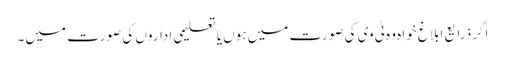
اگر ذرایع ابلاغ خواہ وہ ٹی وی کی صورت میں ہوں یا تعلیمی اداروں کی صورت میں۔